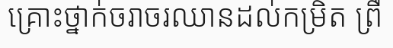
គ្រោះថ្នាក់ចរាចរឈានដល់កម្រិត ព្រឺ